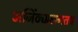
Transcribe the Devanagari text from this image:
अजिंठ्यालगतच